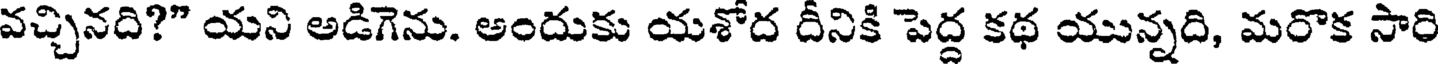
వచ్చినది?" యని అడిగెను. అందుకు యశోద దీనికి పెద్ద కథ యున్నది, మరొక సారి